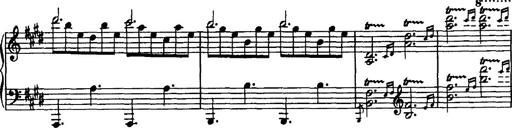
Title: Rondo di bravura
Composer: Franz Liszt